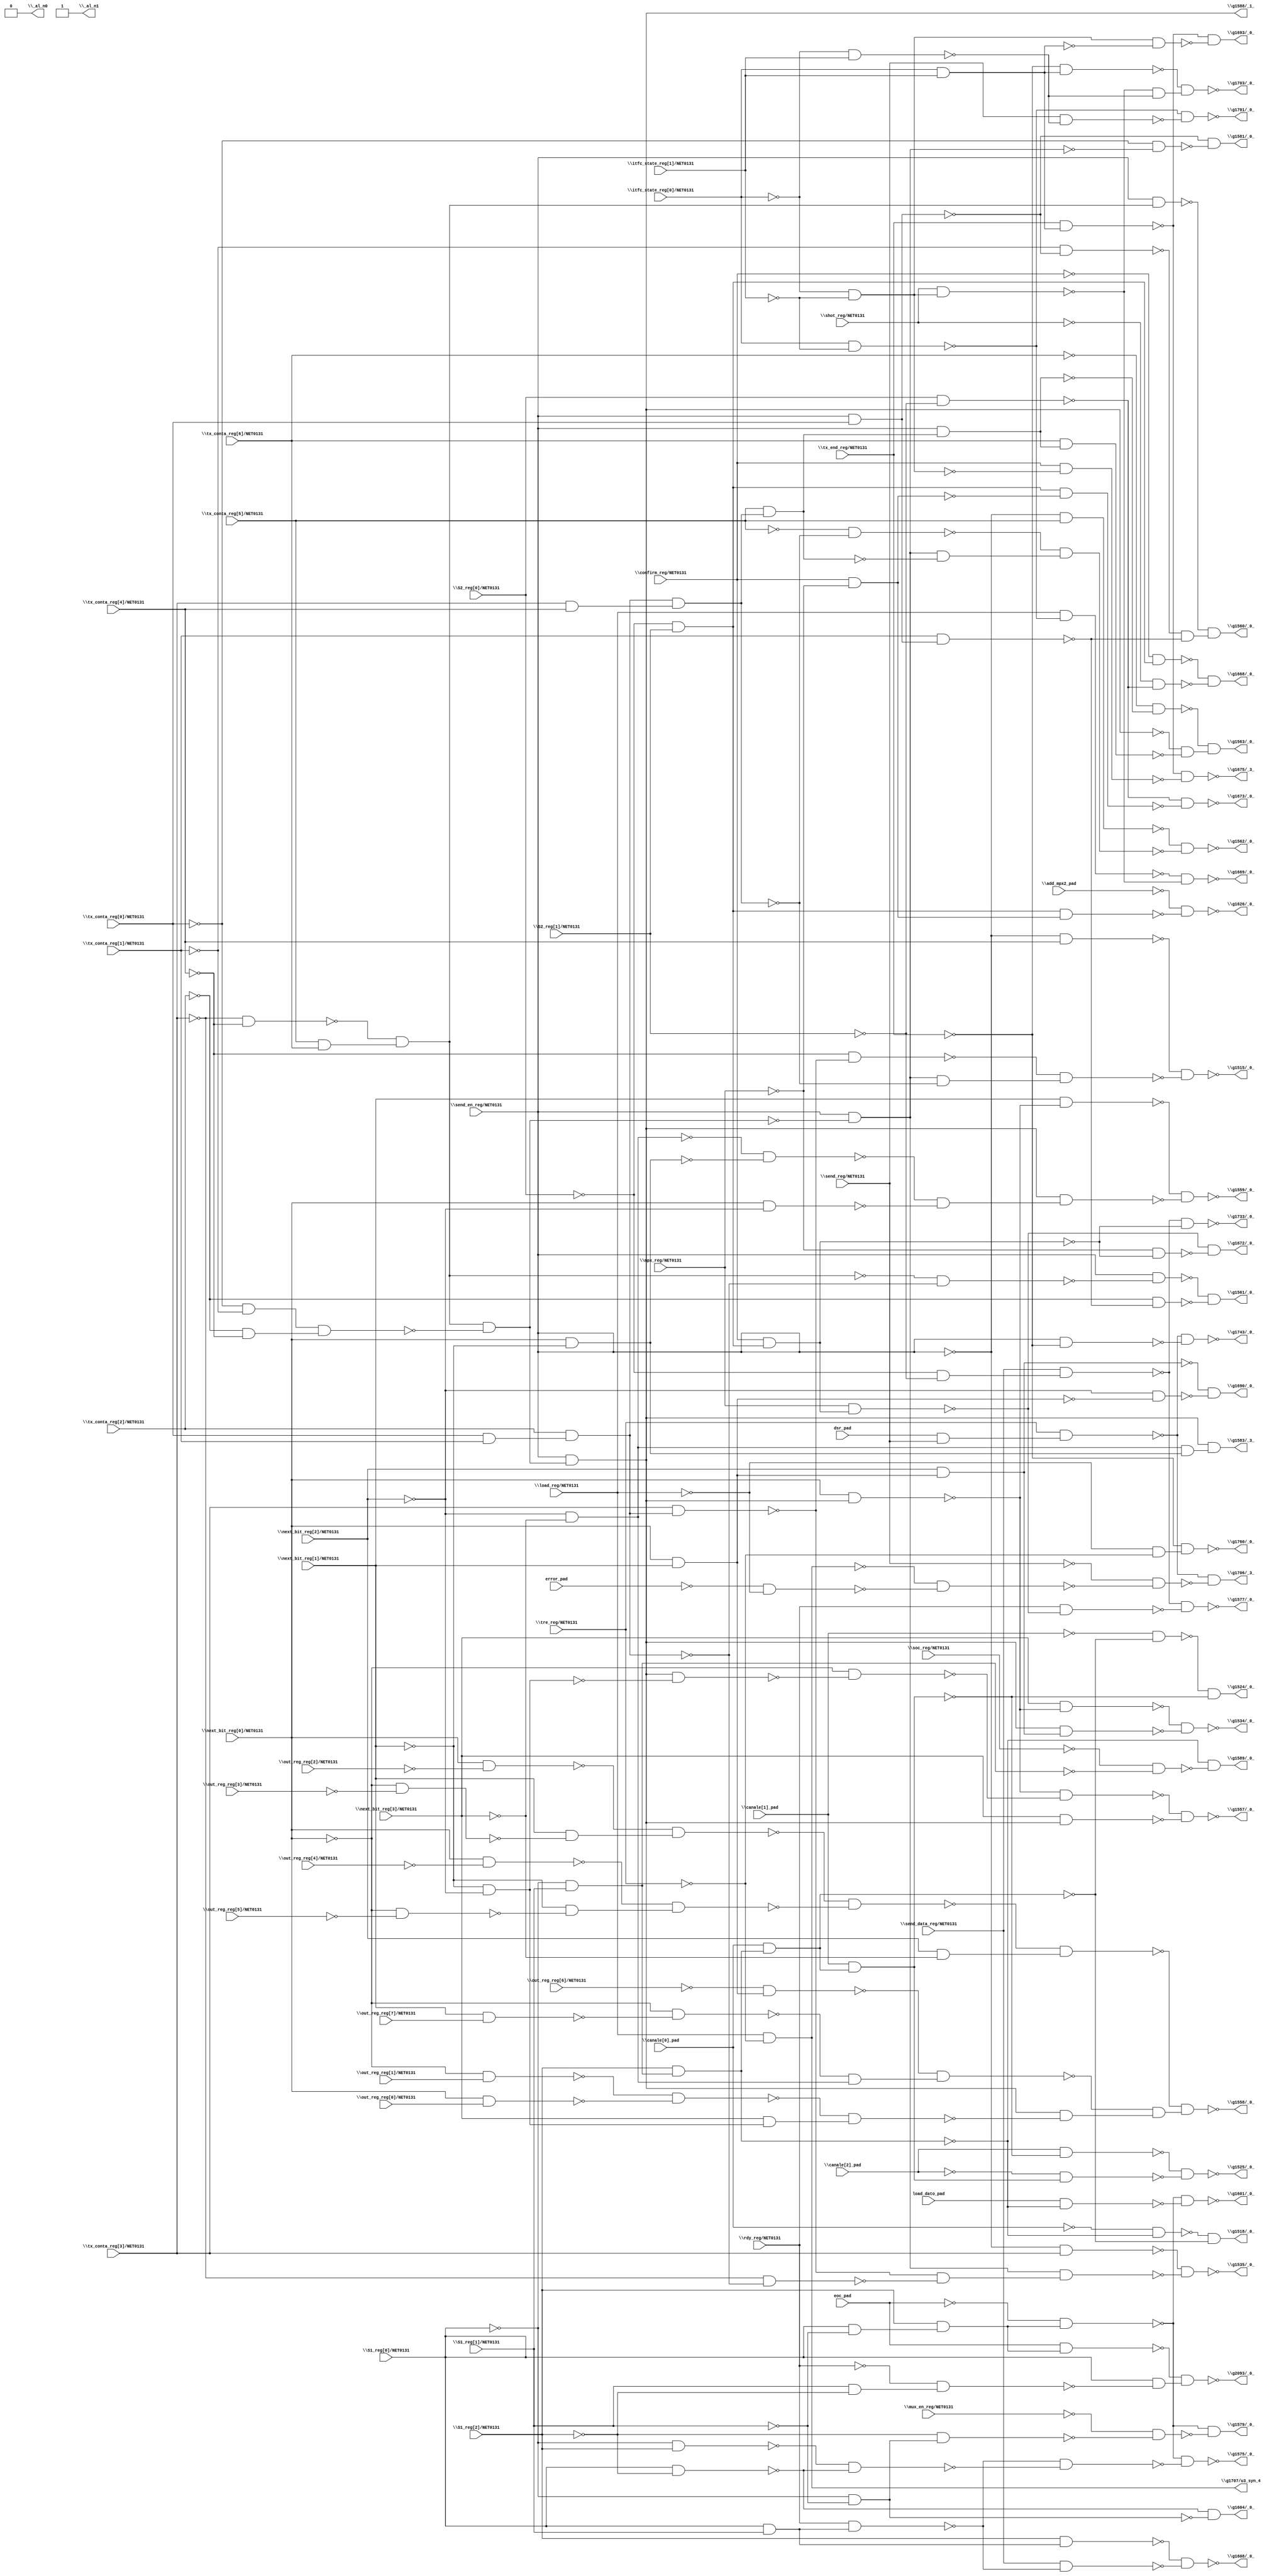
module top( \S1_reg[0]/NET0131  , \S1_reg[1]/NET0131  , \S1_reg[2]/NET0131  , \S2_reg[0]/NET0131  , \S2_reg[1]/NET0131  , \add_mpx2_pad  , \canale[0]_pad  , \canale[1]_pad  , \canale[2]_pad  , \confirm_reg/NET0131  , dsr_pad , eoc_pad , error_pad , \itfc_state_reg[0]/NET0131  , \itfc_state_reg[1]/NET0131  , load_dato_pad , \load_reg/NET0131  , \mpx_reg/NET0131  , \mux_en_reg/NET0131  , \next_bit_reg[0]/NET0131  , \next_bit_reg[1]/NET0131  , \next_bit_reg[2]/NET0131  , \next_bit_reg[3]/NET0131  , \out_reg_reg[0]/NET0131  , \out_reg_reg[1]/NET0131  , \out_reg_reg[2]/NET0131  , \out_reg_reg[3]/NET0131  , \out_reg_reg[4]/NET0131  , \out_reg_reg[5]/NET0131  , \out_reg_reg[6]/NET0131  , \out_reg_reg[7]/NET0131  , \rdy_reg/NET0131  , \send_data_reg/NET0131  , \send_en_reg/NET0131  , \send_reg/NET0131  , \shot_reg/NET0131  , \soc_reg/NET0131  , \tre_reg/NET0131  , \tx_conta_reg[0]/NET0131  , \tx_conta_reg[1]/NET0131  , \tx_conta_reg[2]/NET0131  , \tx_conta_reg[3]/NET0131  , \tx_conta_reg[4]/NET0131  , \tx_conta_reg[5]/NET0131  , \tx_conta_reg[6]/NET0131  , \tx_end_reg/NET0131  , \_al_n0  , \_al_n1  , \g1515/_0_  , \g1518/_0_  , \g1524/_0_  , \g1525/_0_  , \g1534/_0_  , \g1535/_0_  , \g1557/_0_  , \g1558/_0_  , \g1559/_0_  , \g1560/_0_  , \g1561/_0_  , \g1562/_0_  , \g1563/_0_  , \g1575/_0_  , \g1577/_0_  , \g1579/_0_  , \g1581/_0_  , \g1583/_3_  , \g1588/_1_  , \g1589/_0_  , \g1601/_0_  , \g1604/_0_  , \g1608/_0_  , \g1626/_0_  , \g1668/_0_  , \g1669/_0_  , \g1672/_0_  , \g1673/_0_  , \g1675/_3_  , \g1690/_0_  , \g1693/_0_  , \g1701/_0_  , \g1703/_0_  , \g1706/_3_  , \g1707/u3_syn_4  , \g1733/_0_  , \g1743/_0_  , \g1760/_0_  , \g2093/_0_  );
  input \S1_reg[0]/NET0131  ;
  input \S1_reg[1]/NET0131  ;
  input \S1_reg[2]/NET0131  ;
  input \S2_reg[0]/NET0131  ;
  input \S2_reg[1]/NET0131  ;
  input \add_mpx2_pad  ;
  input \canale[0]_pad  ;
  input \canale[1]_pad  ;
  input \canale[2]_pad  ;
  input \confirm_reg/NET0131  ;
  input dsr_pad ;
  input eoc_pad ;
  input error_pad ;
  input \itfc_state_reg[0]/NET0131  ;
  input \itfc_state_reg[1]/NET0131  ;
  input load_dato_pad ;
  input \load_reg/NET0131  ;
  input \mpx_reg/NET0131  ;
  input \mux_en_reg/NET0131  ;
  input \next_bit_reg[0]/NET0131  ;
  input \next_bit_reg[1]/NET0131  ;
  input \next_bit_reg[2]/NET0131  ;
  input \next_bit_reg[3]/NET0131  ;
  input \out_reg_reg[0]/NET0131  ;
  input \out_reg_reg[1]/NET0131  ;
  input \out_reg_reg[2]/NET0131  ;
  input \out_reg_reg[3]/NET0131  ;
  input \out_reg_reg[4]/NET0131  ;
  input \out_reg_reg[5]/NET0131  ;
  input \out_reg_reg[6]/NET0131  ;
  input \out_reg_reg[7]/NET0131  ;
  input \rdy_reg/NET0131  ;
  input \send_data_reg/NET0131  ;
  input \send_en_reg/NET0131  ;
  input \send_reg/NET0131  ;
  input \shot_reg/NET0131  ;
  input \soc_reg/NET0131  ;
  input \tre_reg/NET0131  ;
  input \tx_conta_reg[0]/NET0131  ;
  input \tx_conta_reg[1]/NET0131  ;
  input \tx_conta_reg[2]/NET0131  ;
  input \tx_conta_reg[3]/NET0131  ;
  input \tx_conta_reg[4]/NET0131  ;
  input \tx_conta_reg[5]/NET0131  ;
  input \tx_conta_reg[6]/NET0131  ;
  input \tx_end_reg/NET0131  ;
  output \_al_n0  ;
  output \_al_n1  ;
  output \g1515/_0_  ;
  output \g1518/_0_  ;
  output \g1524/_0_  ;
  output \g1525/_0_  ;
  output \g1534/_0_  ;
  output \g1535/_0_  ;
  output \g1557/_0_  ;
  output \g1558/_0_  ;
  output \g1559/_0_  ;
  output \g1560/_0_  ;
  output \g1561/_0_  ;
  output \g1562/_0_  ;
  output \g1563/_0_  ;
  output \g1575/_0_  ;
  output \g1577/_0_  ;
  output \g1579/_0_  ;
  output \g1581/_0_  ;
  output \g1583/_3_  ;
  output \g1588/_1_  ;
  output \g1589/_0_  ;
  output \g1601/_0_  ;
  output \g1604/_0_  ;
  output \g1608/_0_  ;
  output \g1626/_0_  ;
  output \g1668/_0_  ;
  output \g1669/_0_  ;
  output \g1672/_0_  ;
  output \g1673/_0_  ;
  output \g1675/_3_  ;
  output \g1690/_0_  ;
  output \g1693/_0_  ;
  output \g1701/_0_  ;
  output \g1703/_0_  ;
  output \g1706/_3_  ;
  output \g1707/u3_syn_4  ;
  output \g1733/_0_  ;
  output \g1743/_0_  ;
  output \g1760/_0_  ;
  output \g2093/_0_  ;
  wire n47 , n48 , n49 , n50 , n51 , n52 , n53 , n54 , n55 , n56 , n57 , n58 , n59 , n60 , n61 , n62 , n63 , n64 , n65 , n66 , n67 , n68 , n69 , n70 , n71 , n72 , n73 , n74 , n75 , n76 , n77 , n78 , n79 , n80 , n81 , n82 , n83 , n84 , n85 , n86 , n87 , n88 , n89 , n90 , n91 , n92 , n93 , n94 , n95 , n96 , n97 , n98 , n99 , n100 , n101 , n102 , n103 , n104 , n105 , n106 , n107 , n108 , n109 , n110 , n111 , n112 , n113 , n114 , n115 , n116 , n117 , n118 , n119 , n120 , n121 , n122 , n123 , n124 , n125 , n126 , n127 , n128 , n129 , n130 , n131 , n132 , n133 , n134 , n135 , n136 , n137 , n138 , n139 , n140 , n141 , n142 , n143 , n144 , n145 , n146 , n147 , n148 , n149 , n150 , n151 , n152 , n153 , n154 , n155 , n156 , n157 , n158 , n159 , n160 , n161 , n162 , n163 , n164 , n165 , n166 , n167 , n168 , n169 , n170 , n171 , n172 , n173 , n174 , n175 , n176 , n177 , n178 , n179 , n180 , n181 , n182 , n183 , n184 , n185 , n186 , n187 , n188 , n189 , n190 , n191 , n192 , n193 , n194 , n195 , n196 , n197 , n198 , n199 , n200 , n201 , n202 , n203 , n204 , n205 , n206 , n207 , n208 , n209 , n210 , n211 , n212 , n213 , n214 , n215 , n216 , n217 , n218 , n219 , n220 , n221 , n222 , n223 , n224 , n225 , n226 ;
  assign n47 = ~\send_en_reg/NET0131  & \tx_conta_reg[4]/NET0131  ;
  assign n56 = \tx_conta_reg[0]/NET0131  & \tx_conta_reg[1]/NET0131  ;
  assign n57 = \tx_conta_reg[2]/NET0131  & n56 ;
  assign n58 = \tx_conta_reg[3]/NET0131  & n57 ;
  assign n59 = ~\tx_conta_reg[4]/NET0131  & ~n58 ;
  assign n48 = ~\tx_conta_reg[3]/NET0131  & ~\tx_conta_reg[4]/NET0131  ;
  assign n49 = \tx_conta_reg[5]/NET0131  & \tx_conta_reg[6]/NET0131  ;
  assign n50 = ~n48 & n49 ;
  assign n51 = ~\tx_conta_reg[0]/NET0131  & ~\tx_conta_reg[1]/NET0131  ;
  assign n52 = ~\tx_conta_reg[2]/NET0131  & ~\tx_conta_reg[4]/NET0131  ;
  assign n53 = n51 & n52 ;
  assign n54 = n50 & ~n53 ;
  assign n55 = \send_en_reg/NET0131  & ~n54 ;
  assign n60 = \tx_conta_reg[3]/NET0131  & \tx_conta_reg[4]/NET0131  ;
  assign n61 = n57 & n60 ;
  assign n62 = n55 & ~n61 ;
  assign n63 = ~n59 & n62 ;
  assign n64 = ~n47 & ~n63 ;
  assign n65 = ~\S1_reg[0]/NET0131  & \S1_reg[1]/NET0131  ;
  assign n66 = \S1_reg[2]/NET0131  & n65 ;
  assign n67 = ~\canale[0]_pad  & ~n66 ;
  assign n68 = \canale[0]_pad  & n66 ;
  assign n69 = ~n67 & ~n68 ;
  assign n70 = ~\canale[1]_pad  & ~n68 ;
  assign n71 = \canale[1]_pad  & n68 ;
  assign n72 = ~n70 & ~n71 ;
  assign n73 = \canale[2]_pad  & ~n71 ;
  assign n74 = ~\canale[2]_pad  & n71 ;
  assign n75 = ~n73 & ~n74 ;
  assign n76 = \send_en_reg/NET0131  & n54 ;
  assign n77 = \next_bit_reg[0]/NET0131  & n76 ;
  assign n78 = \next_bit_reg[3]/NET0131  & ~n77 ;
  assign n79 = \next_bit_reg[0]/NET0131  & \next_bit_reg[1]/NET0131  ;
  assign n80 = \next_bit_reg[2]/NET0131  & n79 ;
  assign n81 = n76 & n80 ;
  assign n82 = ~n78 & ~n81 ;
  assign n83 = ~\send_en_reg/NET0131  & \tx_conta_reg[3]/NET0131  ;
  assign n84 = ~\tx_conta_reg[3]/NET0131  & ~n57 ;
  assign n85 = ~n58 & ~n84 ;
  assign n86 = n55 & n85 ;
  assign n87 = ~n83 & ~n86 ;
  assign n88 = ~\next_bit_reg[1]/NET0131  & ~\next_bit_reg[2]/NET0131  ;
  assign n89 = n76 & ~n88 ;
  assign n90 = ~\next_bit_reg[0]/NET0131  & ~n89 ;
  assign n91 = ~n77 & ~n90 ;
  assign n92 = \next_bit_reg[3]/NET0131  & n76 ;
  assign n93 = ~n91 & ~n92 ;
  assign n106 = \next_bit_reg[0]/NET0131  & ~\out_reg_reg[2]/NET0131  ;
  assign n105 = ~\next_bit_reg[0]/NET0131  & ~\out_reg_reg[3]/NET0131  ;
  assign n107 = \next_bit_reg[1]/NET0131  & ~n105 ;
  assign n108 = ~n106 & n107 ;
  assign n110 = \next_bit_reg[0]/NET0131  & ~\out_reg_reg[4]/NET0131  ;
  assign n109 = ~\next_bit_reg[0]/NET0131  & ~\out_reg_reg[5]/NET0131  ;
  assign n111 = ~\next_bit_reg[1]/NET0131  & ~n109 ;
  assign n112 = ~n110 & n111 ;
  assign n113 = ~n108 & ~n112 ;
  assign n114 = \next_bit_reg[2]/NET0131  & ~\next_bit_reg[3]/NET0131  ;
  assign n115 = ~n113 & n114 ;
  assign n101 = ~\out_reg_reg[6]/NET0131  & n79 ;
  assign n99 = \next_bit_reg[1]/NET0131  & \out_reg_reg[7]/NET0131  ;
  assign n100 = ~\next_bit_reg[0]/NET0131  & ~n99 ;
  assign n102 = ~\next_bit_reg[2]/NET0131  & ~\next_bit_reg[3]/NET0131  ;
  assign n103 = ~n100 & n102 ;
  assign n104 = ~n101 & n103 ;
  assign n94 = ~\next_bit_reg[0]/NET0131  & \out_reg_reg[1]/NET0131  ;
  assign n95 = \next_bit_reg[0]/NET0131  & \out_reg_reg[0]/NET0131  ;
  assign n96 = ~n94 & ~n95 ;
  assign n97 = \next_bit_reg[3]/NET0131  & n88 ;
  assign n98 = ~n96 & n97 ;
  assign n116 = n76 & ~n98 ;
  assign n117 = ~n104 & n116 ;
  assign n118 = ~n115 & n117 ;
  assign n119 = \next_bit_reg[1]/NET0131  & ~n77 ;
  assign n120 = \next_bit_reg[0]/NET0131  & ~\next_bit_reg[1]/NET0131  ;
  assign n121 = ~n102 & ~n120 ;
  assign n122 = \next_bit_reg[0]/NET0131  & ~\next_bit_reg[2]/NET0131  ;
  assign n123 = ~n121 & ~n122 ;
  assign n124 = n76 & n123 ;
  assign n125 = ~n119 & ~n124 ;
  assign n128 = \send_en_reg/NET0131  & n50 ;
  assign n126 = \send_en_reg/NET0131  & \tx_conta_reg[0]/NET0131  ;
  assign n127 = ~\tx_conta_reg[1]/NET0131  & ~n126 ;
  assign n129 = \tx_conta_reg[1]/NET0131  & n126 ;
  assign n130 = ~n127 & ~n129 ;
  assign n131 = ~n128 & n130 ;
  assign n132 = ~n50 & ~n57 ;
  assign n133 = \send_en_reg/NET0131  & ~n132 ;
  assign n134 = ~\tx_conta_reg[2]/NET0131  & ~n129 ;
  assign n135 = ~n133 & ~n134 ;
  assign n136 = ~\send_en_reg/NET0131  & \tx_conta_reg[5]/NET0131  ;
  assign n138 = ~\tx_conta_reg[5]/NET0131  & ~n61 ;
  assign n137 = \tx_conta_reg[5]/NET0131  & n61 ;
  assign n139 = n55 & ~n137 ;
  assign n140 = ~n138 & n139 ;
  assign n141 = ~n136 & ~n140 ;
  assign n142 = \send_en_reg/NET0131  & n137 ;
  assign n144 = ~\tx_conta_reg[6]/NET0131  & ~n142 ;
  assign n143 = \tx_conta_reg[6]/NET0131  & n142 ;
  assign n145 = ~n76 & ~n143 ;
  assign n146 = ~n144 & n145 ;
  assign n147 = \S1_reg[0]/NET0131  & ~\S1_reg[1]/NET0131  ;
  assign n148 = \S1_reg[2]/NET0131  & n147 ;
  assign n149 = ~eoc_pad & n148 ;
  assign n150 = \S1_reg[0]/NET0131  & \S1_reg[1]/NET0131  ;
  assign n151 = \rdy_reg/NET0131  & n150 ;
  assign n152 = ~\S1_reg[0]/NET0131  & \S1_reg[2]/NET0131  ;
  assign n153 = \S1_reg[0]/NET0131  & ~\S1_reg[2]/NET0131  ;
  assign n154 = ~n152 & ~n153 ;
  assign n155 = ~n151 & ~n154 ;
  assign n156 = ~n149 & ~n155 ;
  assign n157 = ~\S2_reg[0]/NET0131  & ~\S2_reg[1]/NET0131  ;
  assign n158 = \send_data_reg/NET0131  & n157 ;
  assign n159 = ~\S2_reg[0]/NET0131  & \S2_reg[1]/NET0131  ;
  assign n160 = \confirm_reg/NET0131  & n159 ;
  assign n161 = \mpx_reg/NET0131  & n160 ;
  assign n162 = \rdy_reg/NET0131  & ~n161 ;
  assign n163 = ~n158 & ~n162 ;
  assign n164 = ~\S1_reg[0]/NET0131  & ~\S1_reg[1]/NET0131  ;
  assign n165 = ~\S1_reg[2]/NET0131  & n164 ;
  assign n166 = ~\mux_en_reg/NET0131  & ~n165 ;
  assign n167 = ~n149 & ~n166 ;
  assign n168 = ~\tx_conta_reg[0]/NET0131  & ~n55 ;
  assign n169 = ~n126 & ~n168 ;
  assign n170 = n102 & n120 ;
  assign n171 = n76 & n170 ;
  assign n172 = ~\soc_reg/NET0131  & ~n65 ;
  assign n173 = ~n66 & ~n172 ;
  assign n174 = load_dato_pad & ~n66 ;
  assign n175 = ~n149 & ~n174 ;
  assign n176 = ~n153 & ~n164 ;
  assign n177 = \S1_reg[2]/NET0131  & n150 ;
  assign n178 = \send_data_reg/NET0131  & ~n151 ;
  assign n179 = ~n177 & ~n178 ;
  assign n180 = \confirm_reg/NET0131  & ~\mpx_reg/NET0131  ;
  assign n181 = n159 & n180 ;
  assign n182 = ~\add_mpx2_pad  & ~n181 ;
  assign n183 = ~\confirm_reg/NET0131  & n159 ;
  assign n184 = \S2_reg[0]/NET0131  & ~\S2_reg[1]/NET0131  ;
  assign n185 = ~\shot_reg/NET0131  & ~n184 ;
  assign n186 = ~n183 & ~n185 ;
  assign n187 = \itfc_state_reg[0]/NET0131  & ~\itfc_state_reg[1]/NET0131  ;
  assign n188 = \load_reg/NET0131  & ~n187 ;
  assign n189 = ~\itfc_state_reg[0]/NET0131  & ~\itfc_state_reg[1]/NET0131  ;
  assign n190 = \shot_reg/NET0131  & n189 ;
  assign n191 = ~n188 & ~n190 ;
  assign n192 = ~\mpx_reg/NET0131  & ~n160 ;
  assign n193 = ~n161 & ~n192 ;
  assign n194 = n159 & ~n180 ;
  assign n195 = ~n184 & ~n194 ;
  assign n196 = \itfc_state_reg[0]/NET0131  & \itfc_state_reg[1]/NET0131  ;
  assign n197 = \tx_end_reg/NET0131  & n196 ;
  assign n198 = \confirm_reg/NET0131  & ~n189 ;
  assign n199 = ~n197 & ~n198 ;
  assign n200 = ~\next_bit_reg[2]/NET0131  & ~n79 ;
  assign n201 = ~n80 & ~n200 ;
  assign n202 = n189 & ~n196 ;
  assign n203 = ~n197 & ~n202 ;
  assign n204 = ~\itfc_state_reg[0]/NET0131  & \itfc_state_reg[1]/NET0131  ;
  assign n205 = \send_reg/NET0131  & ~n204 ;
  assign n206 = ~n187 & ~n205 ;
  assign n207 = ~\tx_end_reg/NET0131  & n196 ;
  assign n208 = ~n190 & ~n204 ;
  assign n209 = ~n207 & n208 ;
  assign n210 = dsr_pad & \send_reg/NET0131  ;
  assign n211 = \tre_reg/NET0131  & n210 ;
  assign n212 = \load_reg/NET0131  & ~\tre_reg/NET0131  ;
  assign n213 = ~error_pad & ~\load_reg/NET0131  ;
  assign n214 = ~n212 & ~n213 ;
  assign n215 = ~\send_reg/NET0131  & ~n214 ;
  assign n216 = ~n211 & ~n215 ;
  assign n217 = ~n158 & ~n160 ;
  assign n218 = \send_en_reg/NET0131  & ~\tx_end_reg/NET0131  ;
  assign n219 = ~n211 & ~n218 ;
  assign n220 = ~\load_reg/NET0131  & ~\tre_reg/NET0131  ;
  assign n221 = ~\tx_end_reg/NET0131  & n220 ;
  assign n224 = eoc_pad & n148 ;
  assign n222 = \S1_reg[1]/NET0131  & ~\S1_reg[2]/NET0131  ;
  assign n223 = ~\rdy_reg/NET0131  & n222 ;
  assign n225 = \S1_reg[0]/NET0131  & ~n223 ;
  assign n226 = ~n224 & n225 ;
  assign \_al_n0  = 1'b0 ;
  assign \_al_n1  = ~1'b0 ;
  assign \g1515/_0_  = ~n64 ;
  assign \g1518/_0_  = n69 ;
  assign \g1524/_0_  = n72 ;
  assign \g1525/_0_  = ~n75 ;
  assign \g1534/_0_  = ~n82 ;
  assign \g1535/_0_  = ~n87 ;
  assign \g1557/_0_  = ~n93 ;
  assign \g1558/_0_  = ~n118 ;
  assign \g1559/_0_  = ~n125 ;
  assign \g1560/_0_  = n131 ;
  assign \g1561/_0_  = n135 ;
  assign \g1562/_0_  = ~n141 ;
  assign \g1563/_0_  = n146 ;
  assign \g1575/_0_  = ~n156 ;
  assign \g1577/_0_  = ~n163 ;
  assign \g1579/_0_  = n167 ;
  assign \g1581/_0_  = n169 ;
  assign \g1583/_3_  = n171 ;
  assign \g1588/_1_  = n76 ;
  assign \g1589/_0_  = n173 ;
  assign \g1601/_0_  = ~n175 ;
  assign \g1604/_0_  = n176 ;
  assign \g1608/_0_  = ~n179 ;
  assign \g1626/_0_  = ~n182 ;
  assign \g1668/_0_  = n186 ;
  assign \g1669/_0_  = ~n191 ;
  assign \g1672/_0_  = n193 ;
  assign \g1673/_0_  = ~n195 ;
  assign \g1675/_3_  = ~n199 ;
  assign \g1690/_0_  = n201 ;
  assign \g1693/_0_  = n203 ;
  assign \g1701/_0_  = ~n206 ;
  assign \g1703/_0_  = ~n209 ;
  assign \g1706/_3_  = n216 ;
  assign \g1707/u3_syn_4  = n212 ;
  assign \g1733/_0_  = ~n217 ;
  assign \g1743/_0_  = ~n219 ;
  assign \g1760/_0_  = ~n221 ;
  assign \g2093/_0_  = ~n226 ;
endmodule